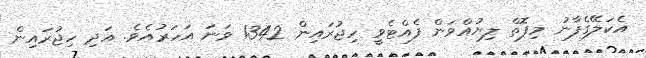
އެކަލޭގެފާނު މިފޮތް ލިޔުއްވަން ފެއްޓެވީ ހިޖުރައިން 1342 ވަނަ އަހަރުއެވެ. އަދި ހިޖުރައިން